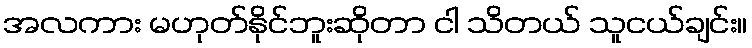
အလကား မဟုတ်နိုင်ဘူးဆိုတာ ငါ သိတယ် သူငယ်ချင်း။